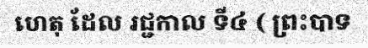
ហេតុ ដែល រជ្ជកាល ទី៤ ( ព្រះបាទ